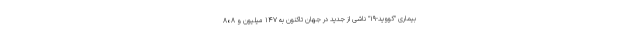
بیماری "کووید-۱۹" ناشی از جدید در جهان تاکنون به ۱۴۷ میلیون و ۸۰۸